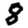
Digit: 8